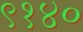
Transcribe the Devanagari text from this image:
९१४०